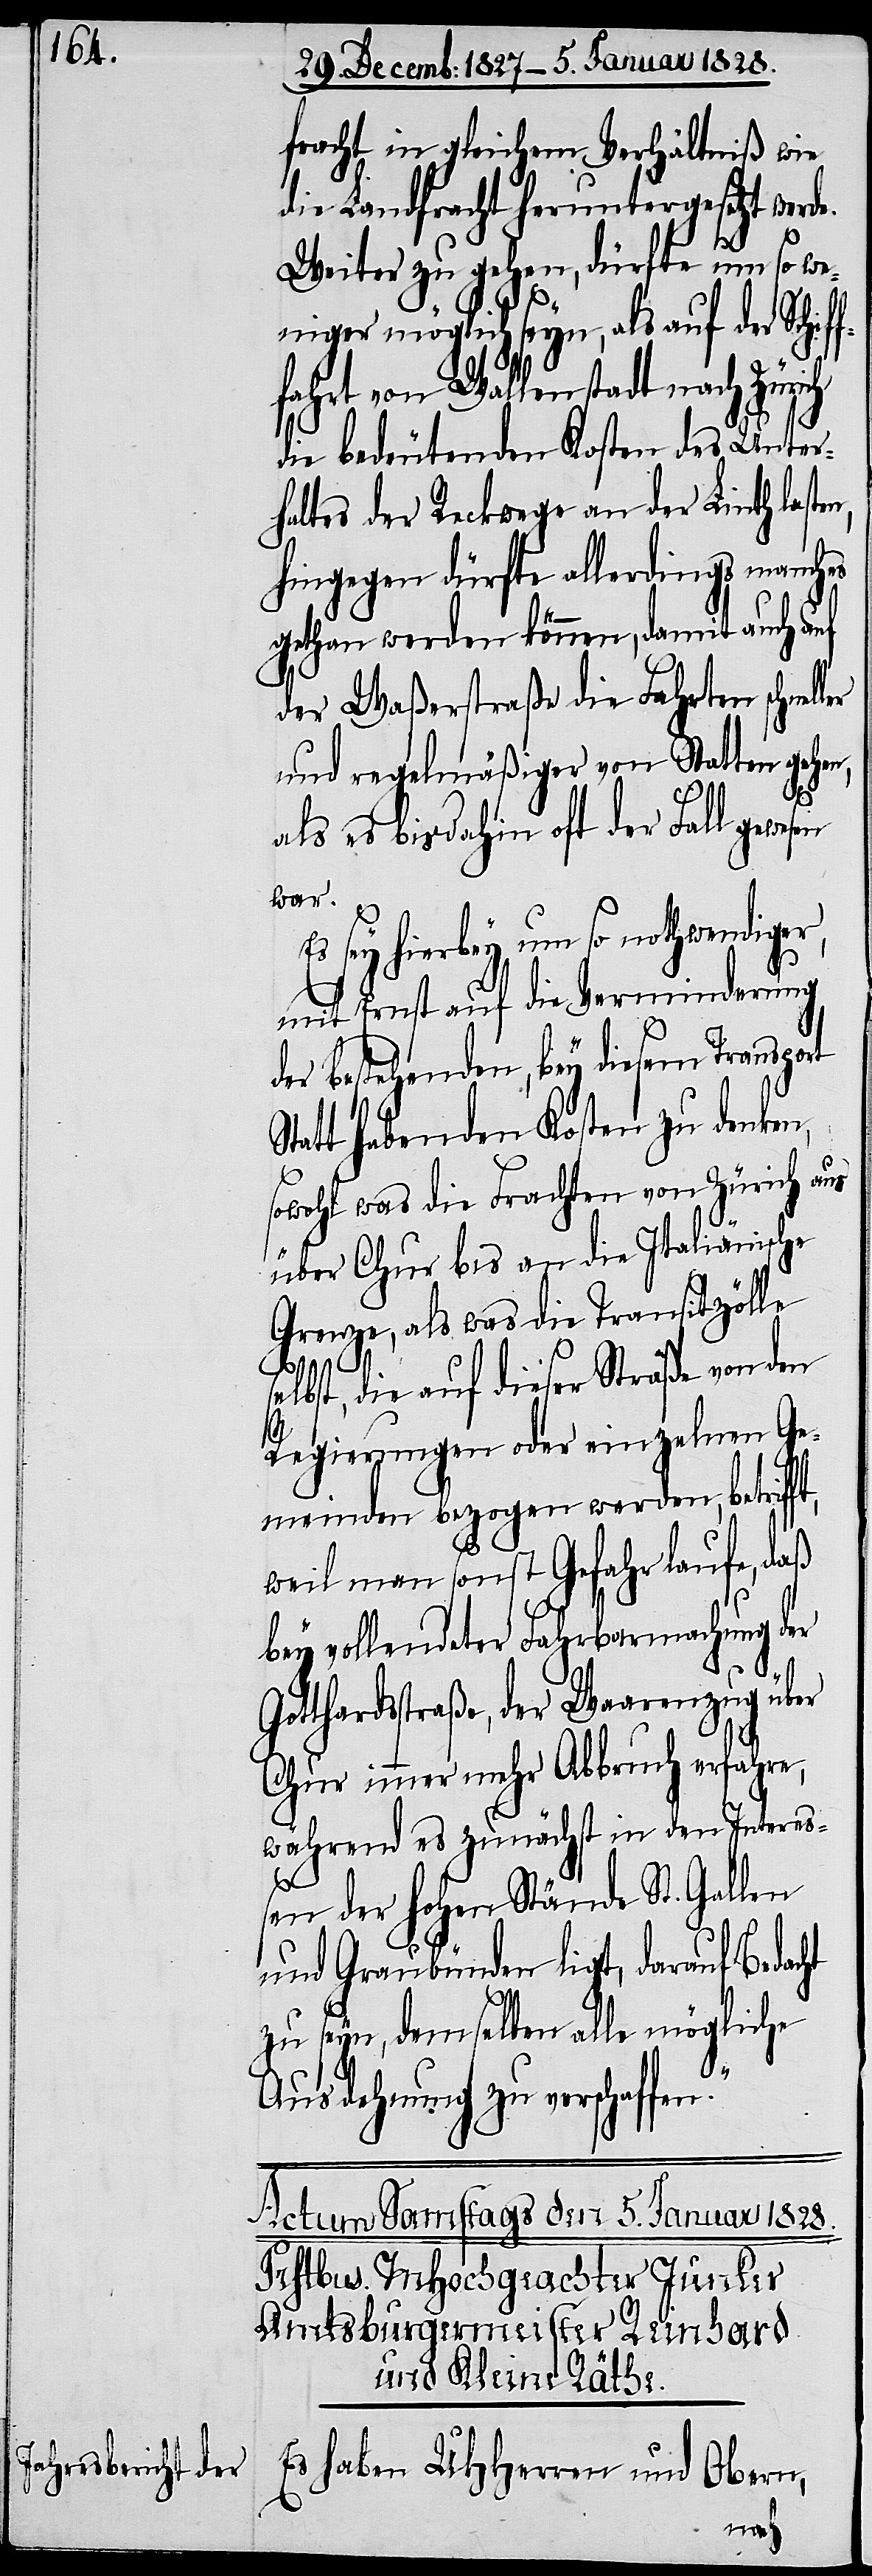
fracht in gleichem Verhältniß wie
die Linthfracht heruntergesetzt werd¬
Weiter zu gehen, dürfe um so we¬
niger möglich seyn, als auf der Schif¬
fahrt von Wallenstadt nach Zürich
die bedeutenden Kosten des Unter¬
haltes der Reckwege an der Linth last¬
hingegen dürfe allerdings manches
gethan werden können, damit auch auf
der Waßerstraße die Fahrten schnel¬
und regelmäßiger von Statten gehen,
en,
als es bis dahin oft der Fall gewesen
war.
Es sey hierbey um so nothwendiger,
mit Ernst auf die Verminderung
der bestehenden, bey diesem Transport
Statt habenden Kosten zu denken,
sowohl was die Frachten von Zürich aus
über Chur bis an die Italiänische
Grenze, als was die Transportzölle
s¬
elbst, die auf dieser Straße von den
Regierungen oder einzelnen Ge¬
meinden bezogen werden, betrifft,
weil man sonst Gefahr laufe, daß
bey vollendeter Fahrbarmachung der
Gotthardstraße, der Waarenzug über
Chur immer mehr Abbruch erfahren,
während es zunächst in den Intereß¬
en der hohen Stände St. Gallen
und Graubünden ligt, darauf Bedacht
zu seyn, demselben alle mögliche
ler
Ausdehnung zu verschaffen.“
Es haben UHHerren und Obern,